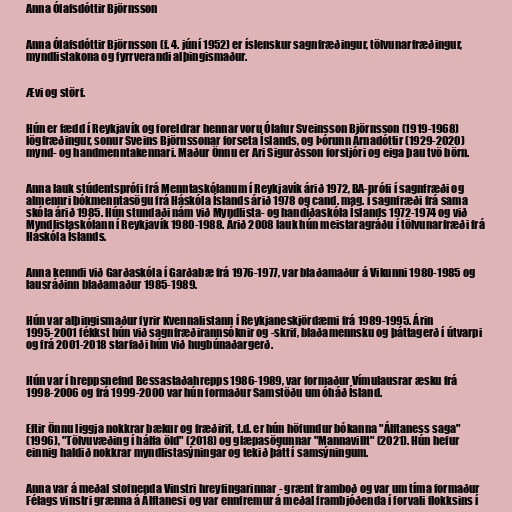
Anna Ólafsdóttir Björnsson

Anna Ólafsdóttir Björnsson (f. 4. júní 1952) er íslenskur sagnfræðingur, tölvunarfræðingur,
myndlistakona og fyrrverandi alþingismaður.

Ævi og störf.

Hún er fædd í Reykjavík og foreldrar hennar voru Ólafur Sveinsson Björnsson (1919-1968)
lögfræðingur, sonur Sveins Björnssonar forseta Íslands, og Þórunn Árnadóttir (1929-2020)
mynd- og handmenntakennari. Maður Önnu er Ari Sigurðsson forstjóri og eiga þau tvö börn.

Anna lauk stúdentsprófi frá Menntaskólanum í Reykjavík árið 1972, BA-prófi í sagnfræði og
almennri bókmenntasögu frá Háskóla Íslands árið 1978 og cand. mag. í sagnfræði frá sama
skóla árið 1985. Hún stundaði nám við Myndlista- og handíðaskóla Íslands 1972-1974 og við
Myndlistaskólann í Reykjavík 1980-1988. Árið 2008 lauk hún meistaragráðu í tölvunarfræði frá
Háskóla Íslands.

Anna kenndi við Garðaskóla í Garðabæ frá 1976-1977, var blaðamaður á Vikunni 1980-1985 og
lausráðinn blaðamaður 1985-1989.

Hún var alþingismaður fyrir Kvennalistann í Reykjaneskjördæmi frá 1989-1995. Árin
1995-2001 fékkst hún við sagnfræðirannsóknir og -skrif, blaðamennsku og þáttagerð í útvarpi
og frá 2001-2018 starfaði hún við hugbúnaðargerð.

Hún var í hreppsnefnd Bessastaðahrepps 1986-1989, var formaður Vímulausrar æsku frá
1998-2006 og frá 1999-2000 var hún formaður Samstöðu um óháð Ísland.

Eftir Önnu liggja nokkrar bækur og fræðirit, t.d. er hún höfundur bókanna "Álftaness saga"
(1996), "Tölvuvæðing í hálfa öld" (2018) og glæpasögunnar "Mannavillt" (2021). Hún hefur
einnig haldið nokkrar myndlistasýningar og tekið þátt í samsýningum.

Anna var á meðal stofnenda Vinstri hreyfingarinnar - grænt framboð og var um tíma formaður
Félags vinstri grænna á Álftanesi og var ennfremur á meðal frambjóðenda í forvali flokksins í